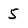
Character: 5